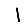
Digit: 1